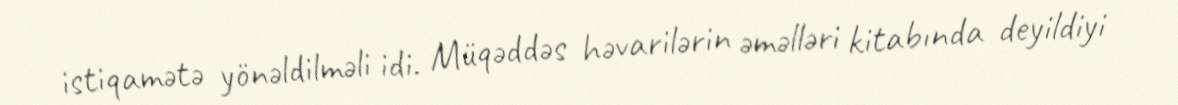
istiqamətə yönəldilməli idi. Müqəddəs həvarilərin əməlləri kitabında deyildiyi